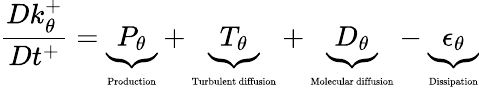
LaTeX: \frac{Dk_{\theta}^{+}}{Dt^{+}}=\underbrace{P_{\theta}}_{\mathrm{\tiny{Production}}}+\underbrace{T_{\theta}}_{\mathrm{\tiny{Turbulent~diffusion}}}+\underbrace{D_{\theta}}_{\mathrm{\tiny{Molecular~diffusion}}}-\underbrace{\epsilon_{\theta}}_{\mathrm{\tiny{Dissipation}}}